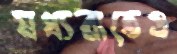
মধ্যরাতেও